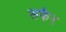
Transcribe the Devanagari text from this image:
सफैर